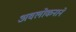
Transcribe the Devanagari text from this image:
अवलोकनाने